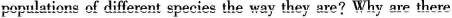
popultions of different species the way they are?why are there